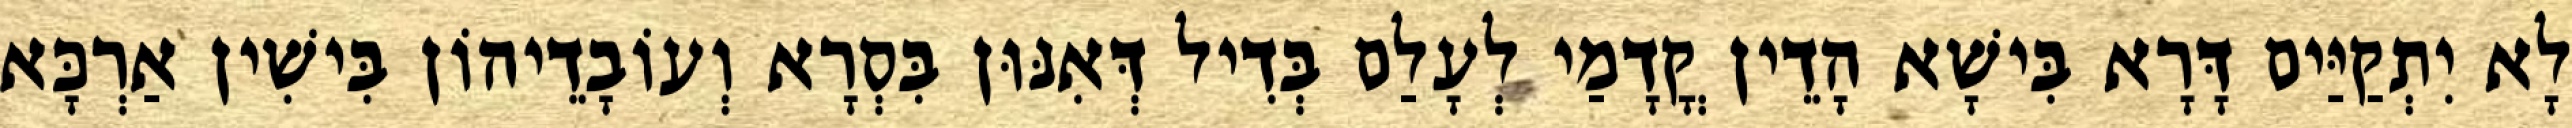
לָא יִתְקַיַּים דָּרָא בִּישָׁא הָדֵין קֳדָמַי לְעָלַם בְּדִיל דְּאִנּוּן בִּסְרָא וְעוֹבָדֵיהוֹן בִּישִׁין אַרְכָּא